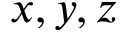
x , y , z